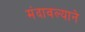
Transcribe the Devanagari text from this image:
मंदावल्याने